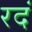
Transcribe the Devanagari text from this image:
रदं